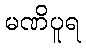
မဏိပူရ